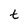
Character: t